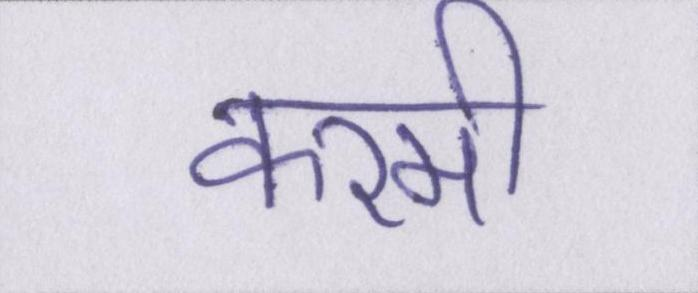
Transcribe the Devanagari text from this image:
करमी